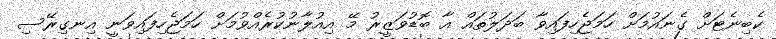
ކެބިނެޓަށް ގެނައުމަށް ހަމަޖެހިފައިވާ ބަދަލުތައް އާ ބޮޑުވަޒީރު މޭ އިއުލާނުކުރެއްވުމަށް ހަމަޖެހިފައިވަނީ އިނގިރޭސި